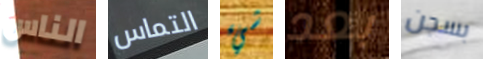
الناس التماس شيء بعد بسجن